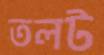
তলট